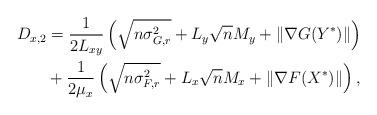
LaTeX: \begin{align*}D_{x,2} &= \frac{1}{2L_{xy}}\left(\sqrt{n\sigma_{G,r}^2} + L_{y}\sqrt{n}M_y+\|\nabla G(Y^*)\| \right)\\&+\frac{1}{2\mu_{x}}\left(\sqrt{n\sigma_{F,r}^2} + L_{x}\sqrt{n}M_x+\|\nabla F(X^*)\| \right),\end{align*}